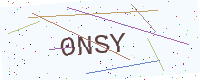
Text: 0NSY